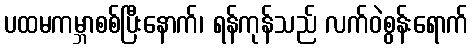
ပထမကမ္ဘာစစ်ပြီးနောက်၊ ရန်ကုန်သည် လက်ဝဲစွန်းရောက်